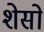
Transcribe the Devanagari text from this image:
शेसो